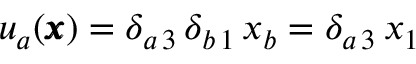
u _ { a } ( { \pmb x } ) = \delta _ { a \, 3 } \, \delta _ { b \, 1 } \, x _ { b } = \delta _ { a \, 3 } \, x _ { 1 }